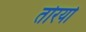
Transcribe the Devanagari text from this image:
तोरयो